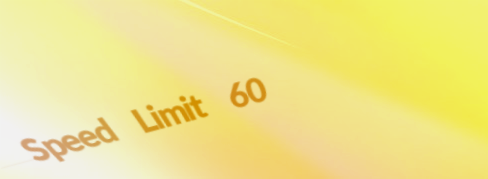
Speed Limit 60